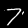
Label: 7